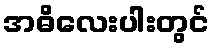
အဓိလေးပါးတွင်